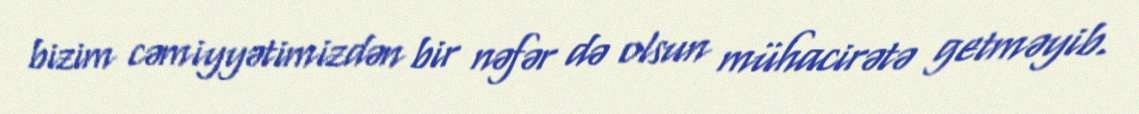
bizim cəmiyyətimizdən bir nəfər də olsun mühacirətə getməyib.